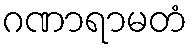
ဂဏာရာမတံ